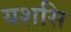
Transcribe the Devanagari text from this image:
यशसि